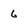
Character: 6